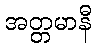
အတ္တမာနီ